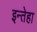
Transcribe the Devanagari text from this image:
इन्तेहा